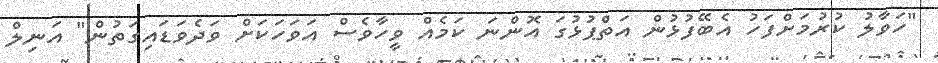
"ހަވާލު ކުރުމަށްފަހު އެބޭފުޅުން އަތްޕުޅުގަ އޮންނަ ކަމެއް ވީހާވެސް އަވަހަކަށް ވަދެވަޑައިގަތުން" އަނިލް